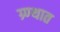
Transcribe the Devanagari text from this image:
ग्र्ण्थात